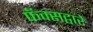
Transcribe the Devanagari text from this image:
फॅक्सद्वारे